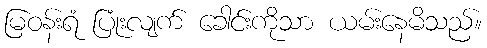
မြဝန်းရံ ပြုံးလျက် ခေါင်းကိုသာ ယမ်းနေမိသည်။